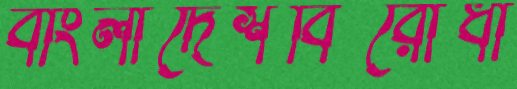
বাংলাদেশবিরোধী